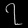
Digit: ၇